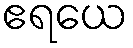
ဧရယေ